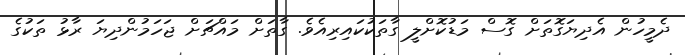
ދެމީހުން އެދިޔަގޮތަށް ގޮސް މަޑުކޮށްލީ ގާތަކުކައިރިއެވެ. ގާތަށް މައްޗަށް ޖަހަމުންދިޔަ ރާޅު ތަކުގެ